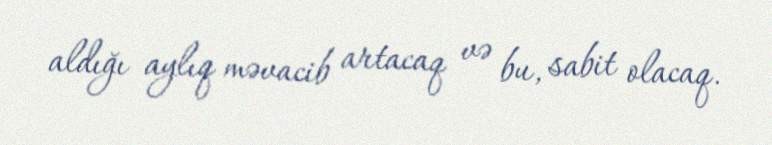
aldığı aylıq məvacib artacaq və bu, sabit olacaq.